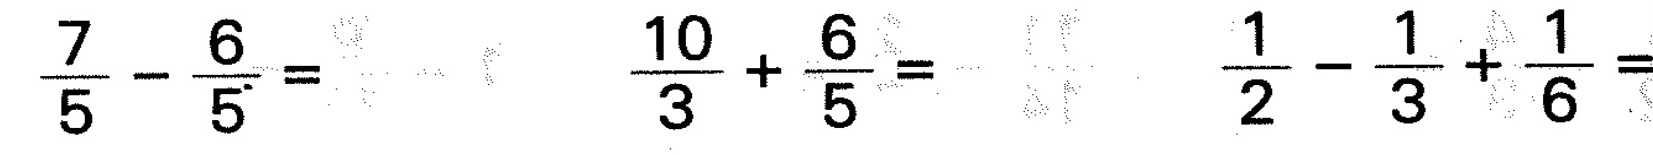
$$\frac { 7 } { 5 } - \frac { 6 } { 5 } =$$ $$\frac { 1 0 } { 3 } + \frac { 6 } { 5 } =$$ $$\frac { 1 } { 2 } - \frac { 1 } { 3 } + \frac { 1 } { 6 } =$$